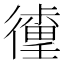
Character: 𰐹